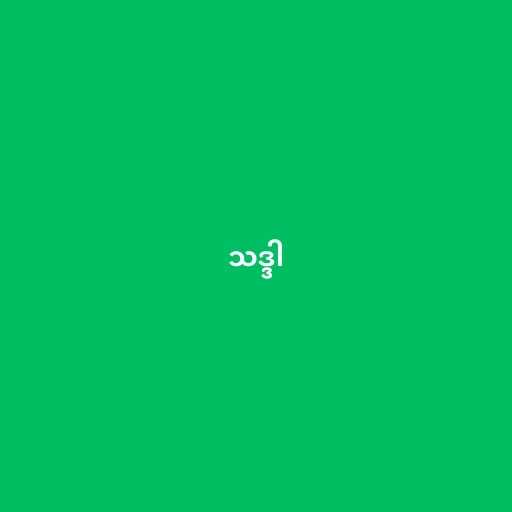
သဒ္ဒါ